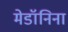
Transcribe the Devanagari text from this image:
मेडॉनिना